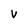
Character: v